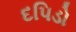
દપિડો